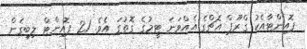
ޕޮއިންޓާއެކު ގްރޫޕް އެޗްގެ އެއްވަނަ ޓީމުގެ ގޮތުގަ އެވެ. 21 ޕޮއިންޓް ލިބިގެން